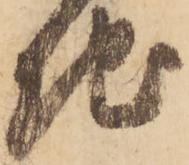
地